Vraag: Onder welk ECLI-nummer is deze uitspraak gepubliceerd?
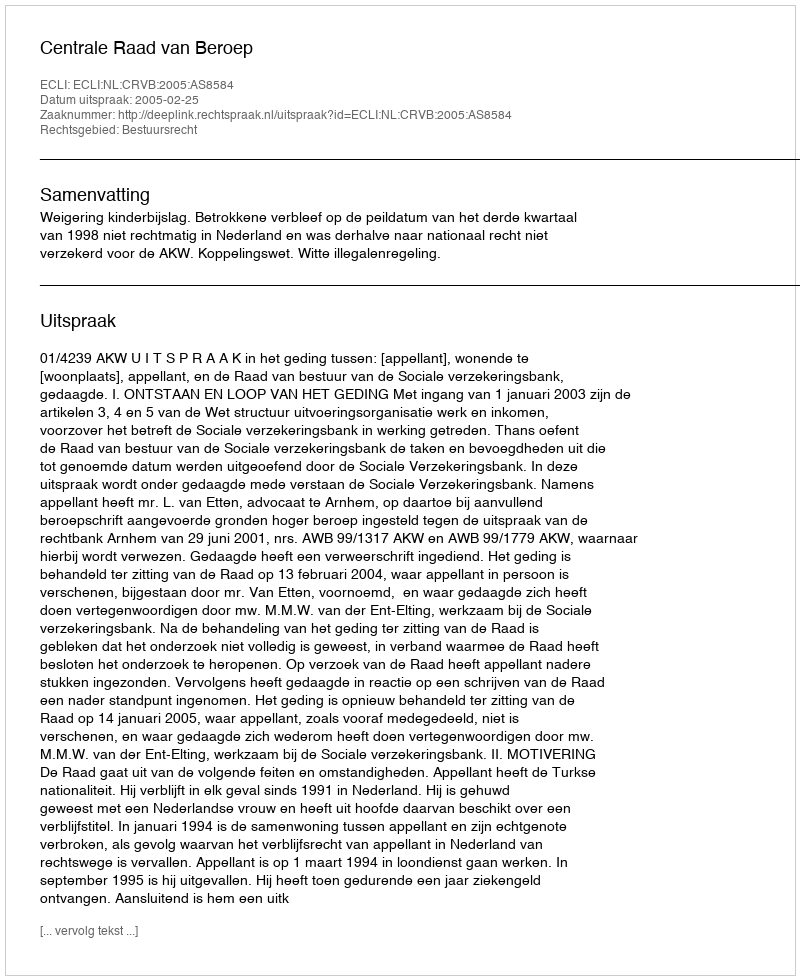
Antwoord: ECLI:NL:CRVB:2005:AS8584